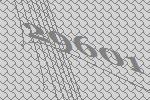
29601